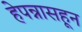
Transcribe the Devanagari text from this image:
हेपन्नासहून